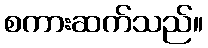
စကားဆက်သည်။